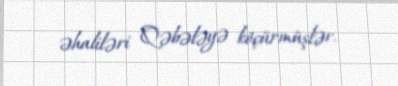
əhaliləri Qəbələyə köçürmüşlər.